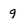
Character: g